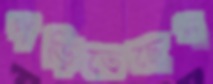
পড়িতেছেন